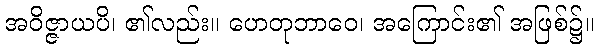
အဝိဇ္ဇာယပိ၊ ၏လည်း။ ဟေတုဘာဝေ၊ အကြောင်း၏ အဖြစ်၌။